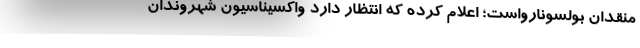
منقدان بولسونارواست؛ اعلام کرده که انتظار دارد واکسیناسیون شهروندان